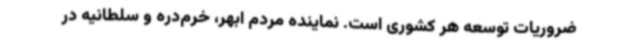
ضروریات توسعه هر کشوری است. نماینده مردم ابهر، خرم‌دره و سلطانیه در